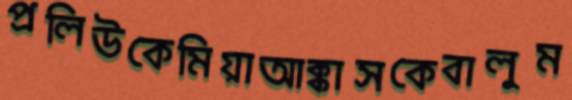
প্রলিউকেমিয়াআক্কাসকেবালুম